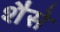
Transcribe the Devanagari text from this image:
शैसे